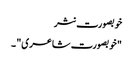
خوبصورت نثر
"خوبصورت شاعری" ۔